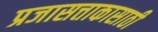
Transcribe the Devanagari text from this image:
प्रजासत्ताकासाठी